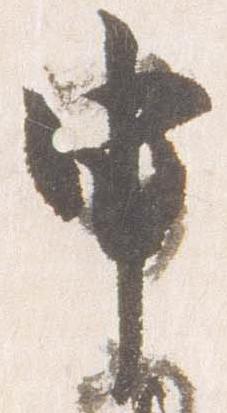
申